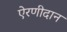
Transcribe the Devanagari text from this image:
ऐरणीदान